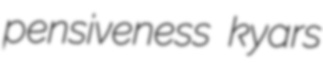
pensiveness kyars